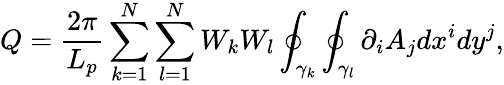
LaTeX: Q=\frac{2\pi}{L_{p}}\sum_{k=1}^{N}\sum_{l=1}^{N}W_{k}W_{l}\oint_{\gamma_{k}}\oint_{\gamma_{l}}\partial_{i}A_{j}dx^{i}dy^{j},